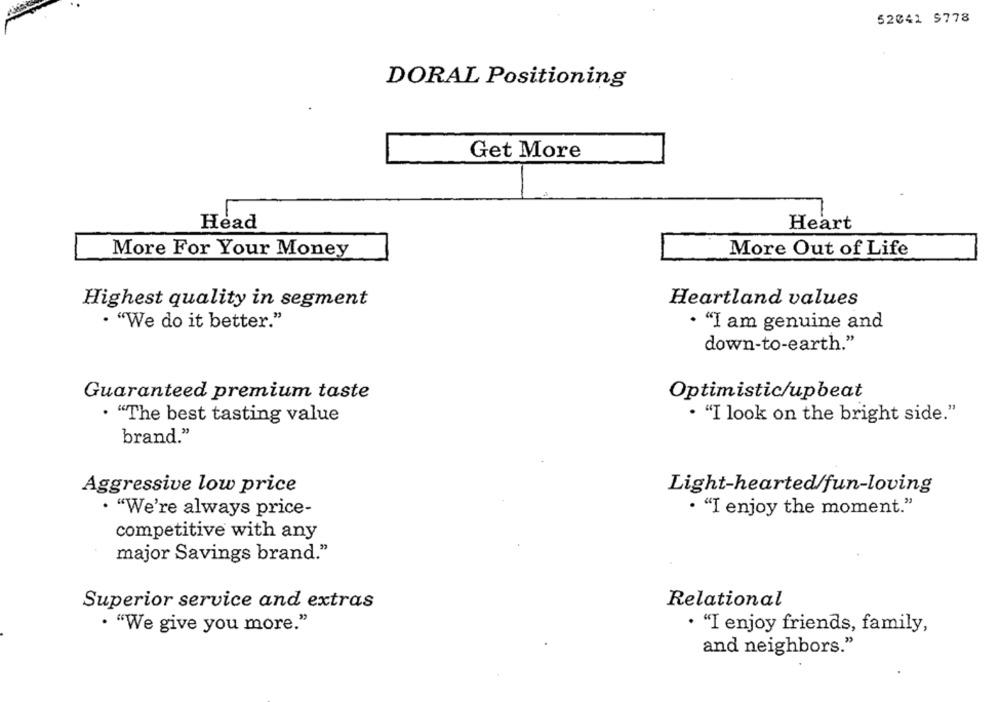
52041 9778
DORAL Positioning
Get More
Head
Heart
More For Your Money
More Out of Life
Highest quality in segment
Heartland values
· "We do it better."
· "I am genuine and
down-to-earth."
Guaranteed premium taste
Optimistic/upbeat
. "The best tasting value
. "I look on the bright side."
brand."
Aggressive low price
Light-hearted/fun-loving
· "We're always price-
· "I enjoy the moment."
competitive with any
major Savings brand."
Superior service and extras
Relational
· "We give you more."
· "I enjoy friends, family,
and neighbors."